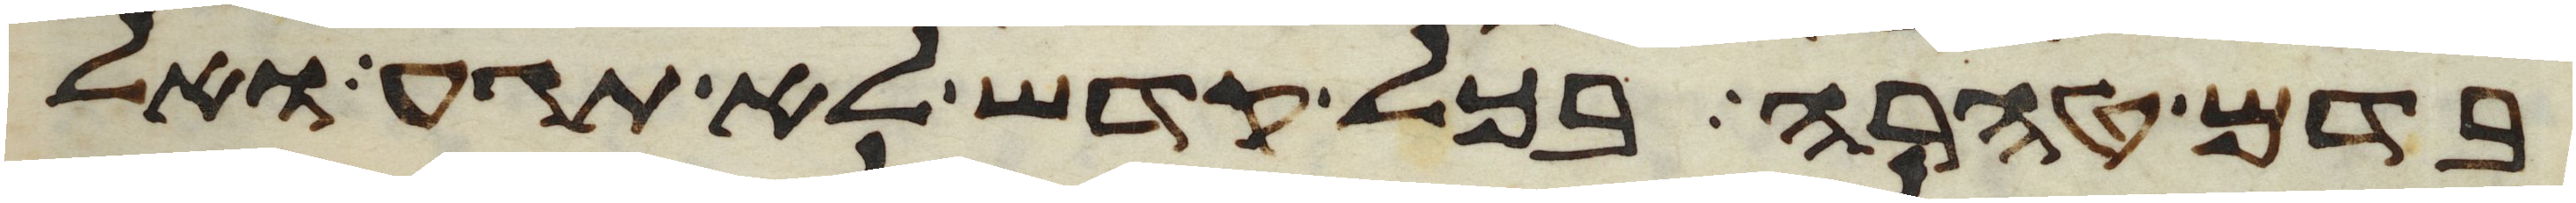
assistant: בדם טהרה בכל קדש לא תגע ואל